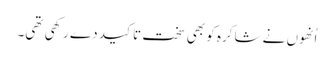
اُنھوں نے شاکرہ کو بھی سخت تاکید دے رکھی تھی۔